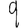
Digit: 9